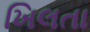
ખિલતા